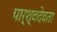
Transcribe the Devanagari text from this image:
पार्श्वदेवता